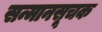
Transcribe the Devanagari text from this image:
सन्मानसूचक